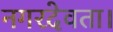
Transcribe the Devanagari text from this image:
नगरदेवता।